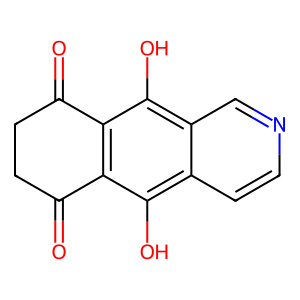
SMILES: O=C1CCC(=O)c2c1c(O)c1ccncc1c2O
Inhibits HIV replication: No